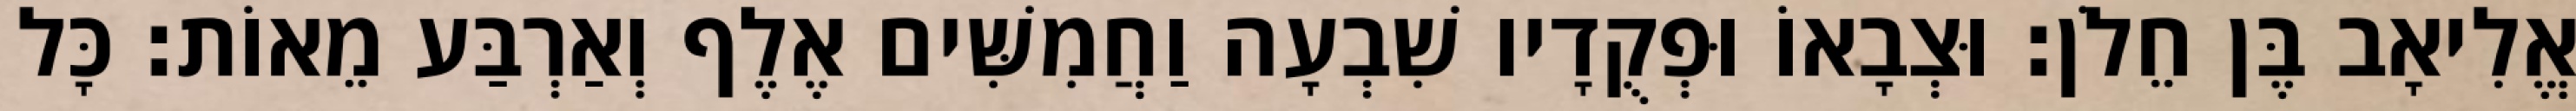
אֱלִיאָב בֶּן חֵלֹן׃ וּצְבָאוֹ וּפְקֻדָיו שִׁבְעָה וַחֲמִשִּׁים אֶלֶף וְאַרְבַּע מֵאוֹת׃ כָּל